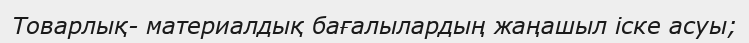
Товарлық- материалдық бағалылардың жаңашыл іске асуы;